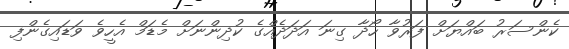
ކެންސަރު ބައްޔަށް ފަރުވާ ހޯދާ ގިނަ އަދަދެއްގެ ކުދިންނަށް މެޑަމް އެހީވެ ވަޑައިގެންފި